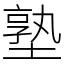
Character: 塾